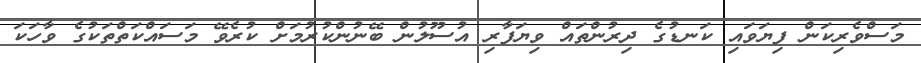
މަސްވެރިކަން ފިޔަވައި ކަނޑުގެ ދިރުންތައް ވިޔަފާރި އުސޫލުން ބޭނުންކުރުމަށް ކުރެވޭ މަސައްކަތްތަކުގެ ވާހަކަ